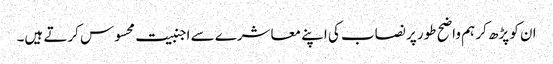
ان کو پڑھ کر ہم واضح طور پر نصاب کی اپنے معاشرے سے اجنبیت محسوس کرتے ہیں۔